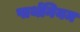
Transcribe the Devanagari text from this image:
पार्थनियम